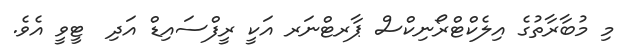
މި މުބާރާތުގެ އިލެކްޓްރޯނިކްސް ޕާރޓްނަރ އަކީ ރީފްސައިޑް އަދި  ޓީވީ އެވެ.